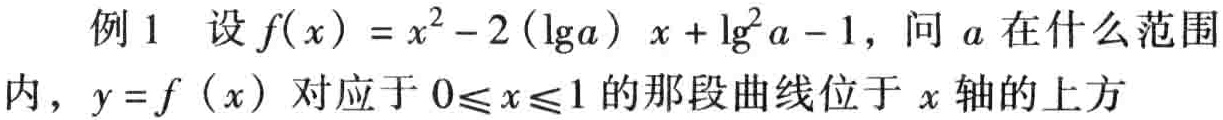
例 1 设 \(f(x)=x^{2}-2(\lg a)x+\lg^{2}a - 1\)，问 \(a\) 在什么范围内，\(y = f(x)\) 对应于 \(0\leqslant x\leqslant1\) 的那段曲线位于 \(x\) 轴的上方